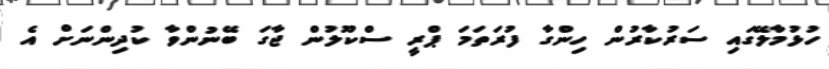
ހުޅުމާލޭގައި ސަރުކާރުން ހިންގާ ފުރަތަމަ ޕްރީ ސްކޫލުން ޖާގަ ބޭނުންވާ ކުދިންނަށް އެ